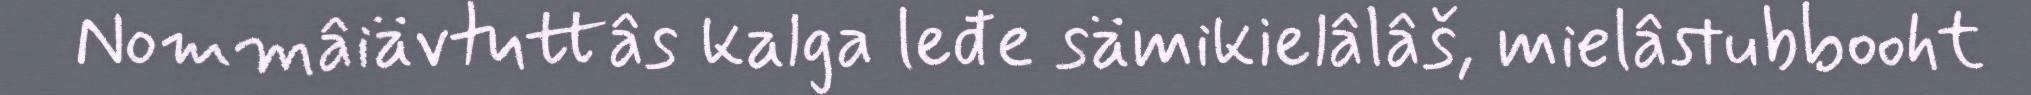
Nommâiävtuttâs kalga leđe sämikielâlâš, mielâstubbooht